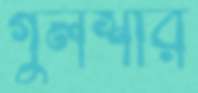
গুলশার